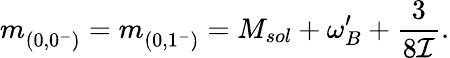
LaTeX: m_{(0,0^{-})}^{}=m_{(0,1^{-})}^{}=M_{sol}+\omega_{B}^{\prime}+\frac{3}{8{\cal I}}.